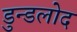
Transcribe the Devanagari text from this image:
डुन्डलोद